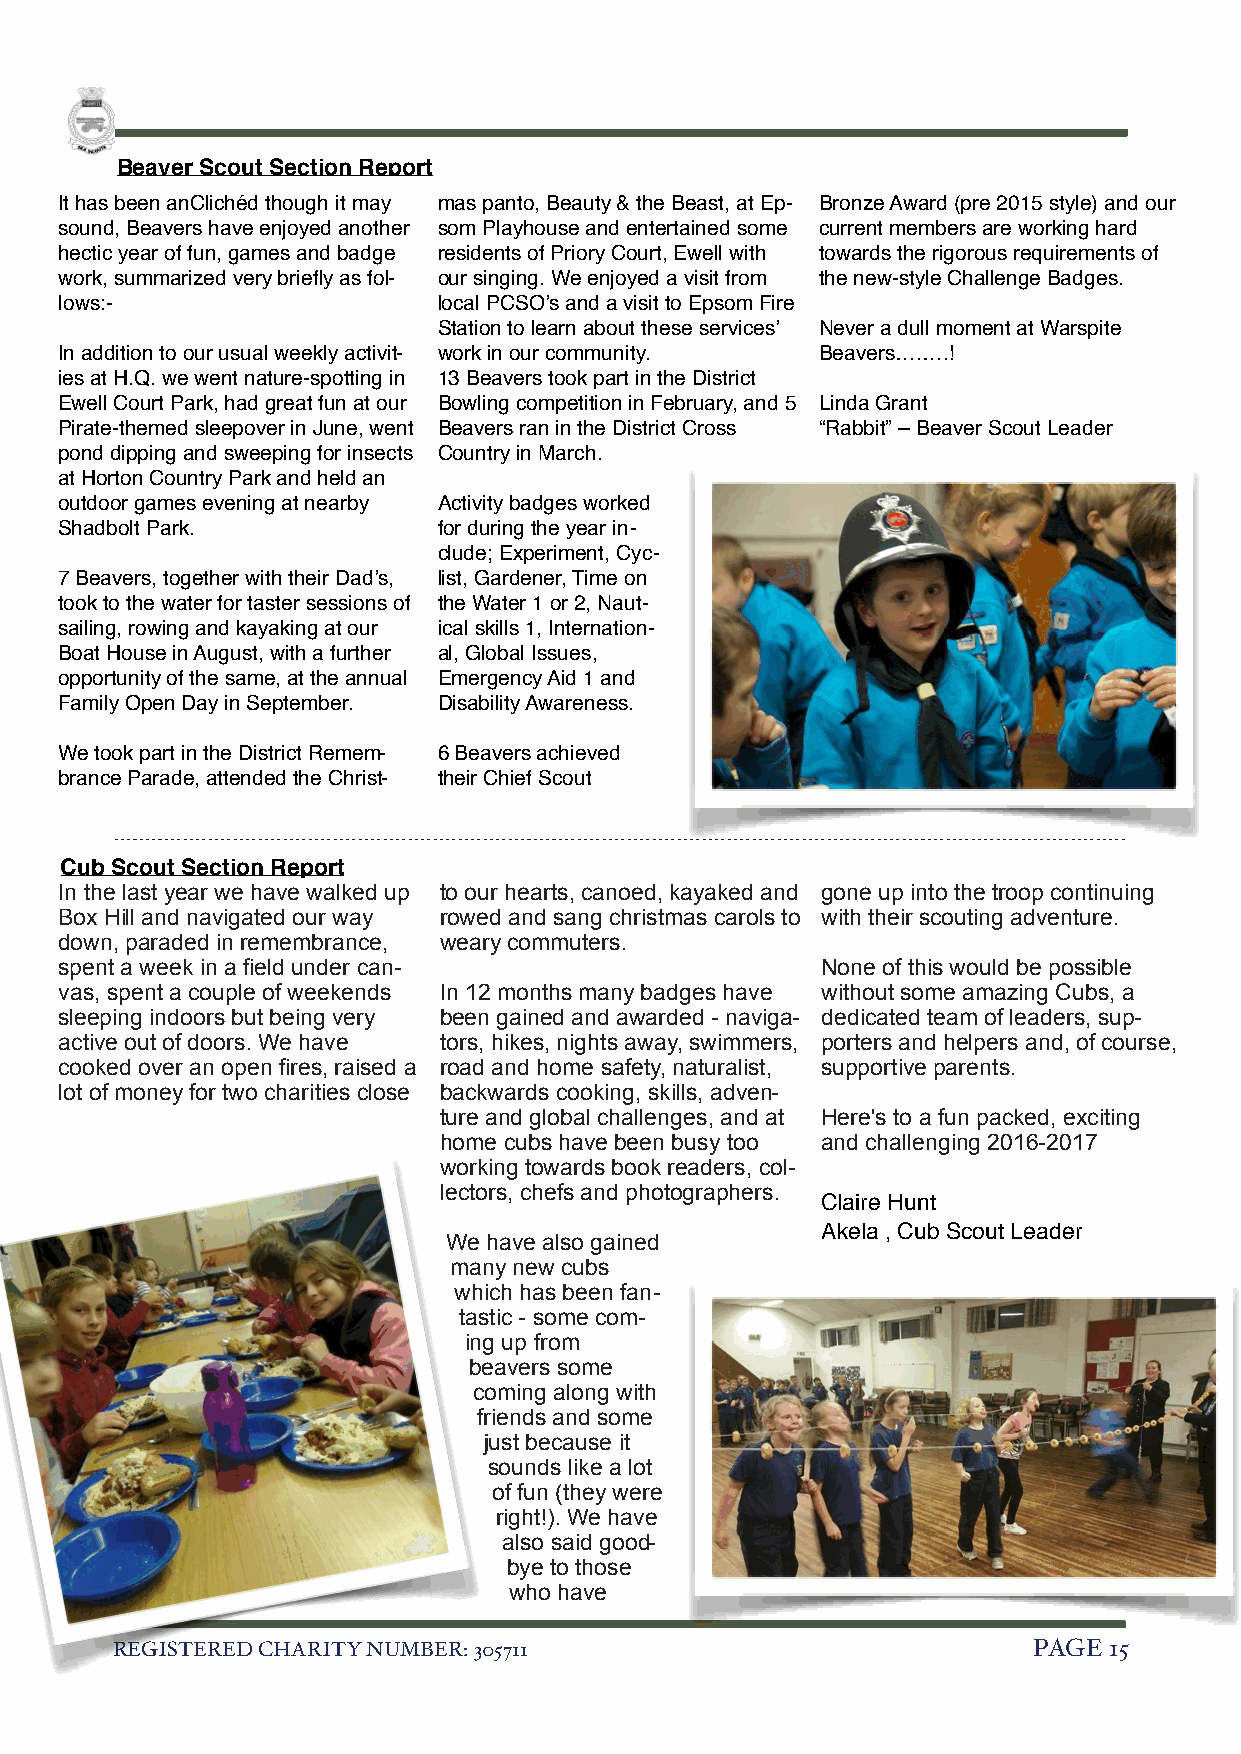
Beaver Scout Section Report
 It has been anClichéd though it may mas panto, Beauty & the Beast, at Ep- Bronze Award (pre 2015 style) and our
 sound, Beavers have enjoyed another som Playhouse and entertained some current members are working hard
 hectic year of fun, games and badge residents of Priory Court, Ewell with towards the rigorous requirements of
 work, summarized very briefly as fol- our singing. We enjoyed a visit from the new-style Challenge Badges.
 lows:-                   local PCSO’s and a visit to Epsom Fire
 Station to learn about these services’ Never a dull moment at Warspite
 In addition to our usual weekly activit- work in our community. Beavers….….!
 ies at H.Q. we went nature-spotting in 13 Beavers took part in the District
 Ewell Court Park, had great fun at our Bowling competition in February, and 5 Linda Grant
 Pirate-themed sleepover in June, went Beavers ran in the District Cross “Rabbit” – Beaver Scout Leader
 pond dipping and sweeping for insects Country in March.
 at Horton Country Park and held an
 outdoor games evening at nearby Activity badges worked
 Shadbolt Park.           for during the year in-
 clude; Experiment, Cyc-
 7 Beavers, together with their Dad’s, list, Gardener, Time on
 took to the water for taster sessions of the Water 1 or 2, Naut-
 sailing, rowing and kayaking at our ical skills 1, Internation-
 Boat House in August, with a further al, Global Issues,
 opportunity of the same, at the annual Emergency Aid 1 and
 Family Open Day in September. Disability Awareness.
 We took part in the District Remem- 6 Beavers achieved
 brance Parade, attended the Christ- their Chief Scout
 Cub Scout Section Report
 In the last year we have walked up to our hearts, canoed, kayaked and gone up into the troop continuing
 Box Hill and navigated our way rowed and sang christmas carols to with their scouting adventure.
 down, paraded in remembrance, weary commuters.
 spent a week in a field under can-                None of this would be possible
 vas, spent a couple of weekends In 12 months many badges have without some amazing Cubs, a
 sleeping indoors but being very been gained and awarded - naviga- dedicated team of leaders, sup-
 active out of doors. We have tors, hikes, nights away, swimmers, porters and helpers and, of course,
 cooked over an open fires, raised a road and home safety, naturalist, supportive parents.
 lot of money for two charities close backwards cooking, skills, adven-
 ture and global challenges, and at Here's to a fun packed, exciting
 home cubs have been busy too and challenging 2016-2017
 working towards book readers, col-
 lectors, chefs and photographers.
 Claire Hunt
 Akela , Cub Scout Leader
 We have also gained
 many new cubs
 which has been fan-
 tastic - some com-
 ing up from
 beavers some
 coming along with
 friends and some
 just because it
 sounds like a lot
 of fun (they were
 right!). We have
 also said good-
 bye to those
 who have
 REGISTERED CHARITY NUMBER: 305711                            PAGE 15